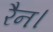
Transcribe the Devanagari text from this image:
रैन।